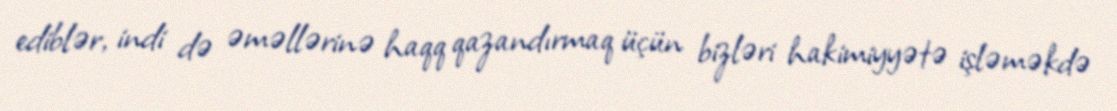
ediblər, indi də əməllərinə haqq qazandırmaq üçün bizləri hakimiyyətə işləməkdə